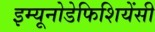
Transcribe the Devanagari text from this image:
इम्यूनोडेफिशियेंसी